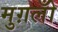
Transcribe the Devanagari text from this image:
मुग़लोँ